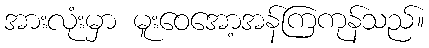
အားလုံးမှာ မူးဝေအော့အန်ကြကုန်သည်။